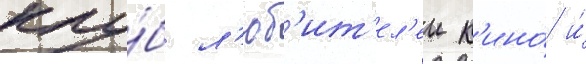
клу́б л'юб'ит'ел'еи к'ино́ и́